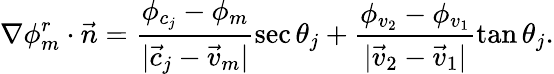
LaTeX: \nabla\phi_{m}^{r}\cdot\vec{n}=\frac{\phi_{c_{j}}-\phi_{m}}{|\vec{c}_{j}-\vec{v}_{m}|}\sec\theta_{j}+\frac{\phi_{v_{2}}-\phi_{v_{1}}}{|\vec{v}_{2}-\vec{v}_{1}|}\tan\theta_{j}.